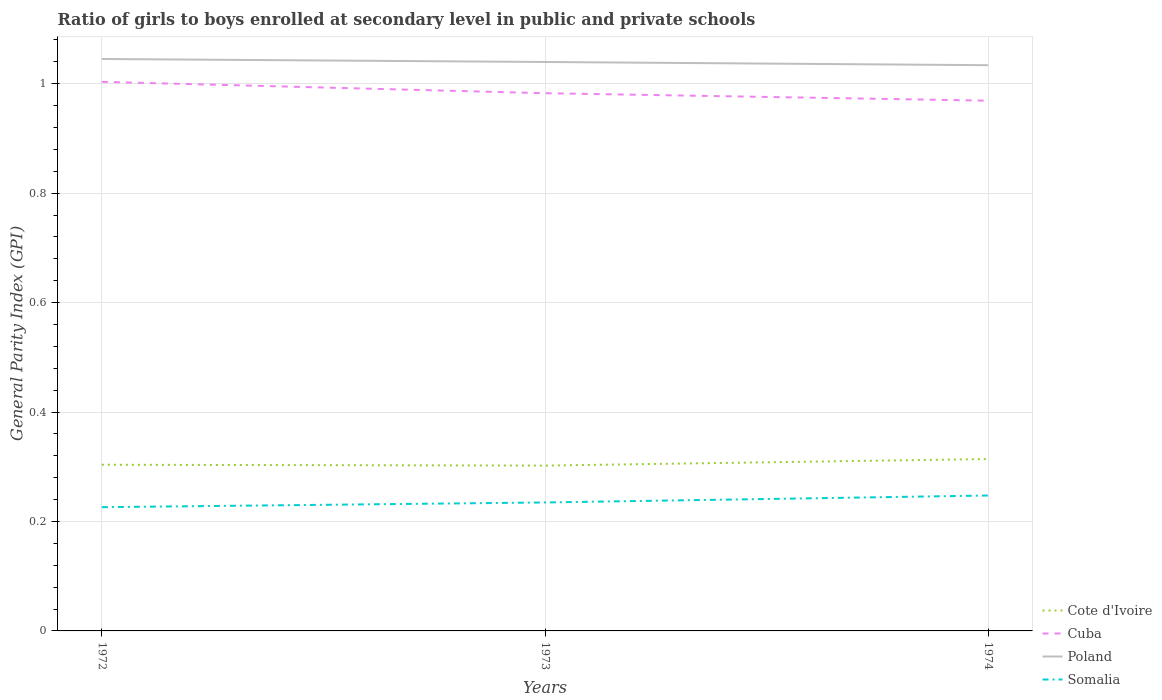
| Years | Cote d'Ivoire | Cuba | Poland | Somalia |
 | --- | --- | --- | --- | --- |
 | 1972 | 0.304 | 1 | 1.05 | 0.226 |
 | 1973 | 0.302 | 0.983 | 1.04 | 0.235 |
 | 1974 | 0.314 | 0.969 | 1.03 | 0.247 |